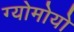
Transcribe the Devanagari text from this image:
ग्योमोयो